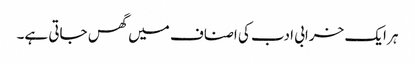
ہر ایک خرابی ادب کی اصناف میں گھس جاتی ہے۔